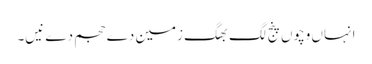
انہاں وچو‏ں پنج لگ بھگ زمین دے حجم دے نیں۔